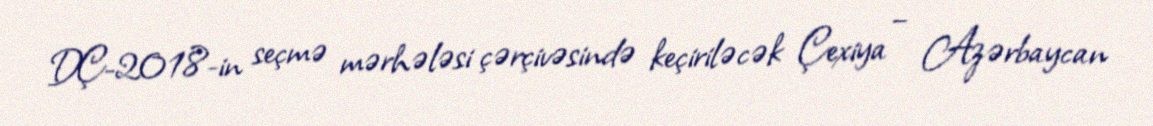
DÇ-2018-in seçmə mərhələsi çərçivəsində keçiriləcək Çexiya – Azərbaycan